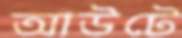
আউটে